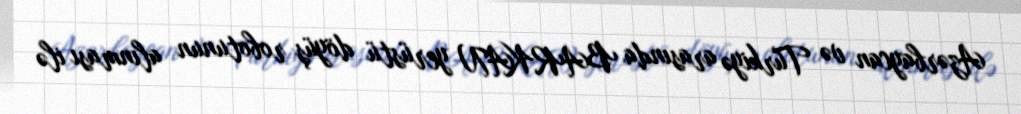
Azərbaycan və Türkiyə arasında BARKAN yerüstü döyüş robotunun alınması ilə